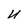
Character: U